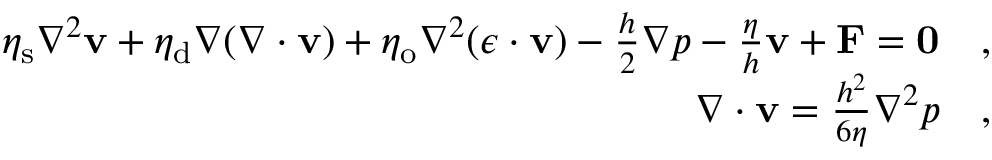
\begin{array} { r l } { \eta _ { \mathrm { s } } \nabla ^ { 2 } \mathbf { v } + \eta _ { \mathrm { d } } \nabla ( \nabla \cdot \mathbf { v } ) + \eta _ { \mathrm { o } } \nabla ^ { 2 } ( \boldsymbol { \epsilon } \cdot \mathbf { v } ) - \frac { h } { 2 } \nabla p - \frac { \eta } { h } \mathbf { v } + \mathbf { F } = \mathbf { 0 } } & { { } , } \\ { \nabla \cdot \mathbf { v } = \frac { h ^ { 2 } } { 6 \eta } \nabla ^ { 2 } p } & { { } , } \end{array}